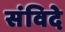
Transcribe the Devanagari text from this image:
संविदे